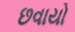
છવાયો